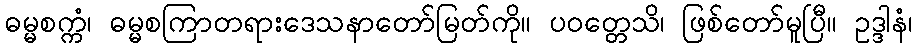
ဓမ္မစက္ကံ၊ ဓမ္မစကြာတရားဒေသနာတော်မြတ်ကို။ ပဝတ္တေသိ၊ ဖြစ်တော်မူပြီ။ ဥဒ္ဒါနံ၊